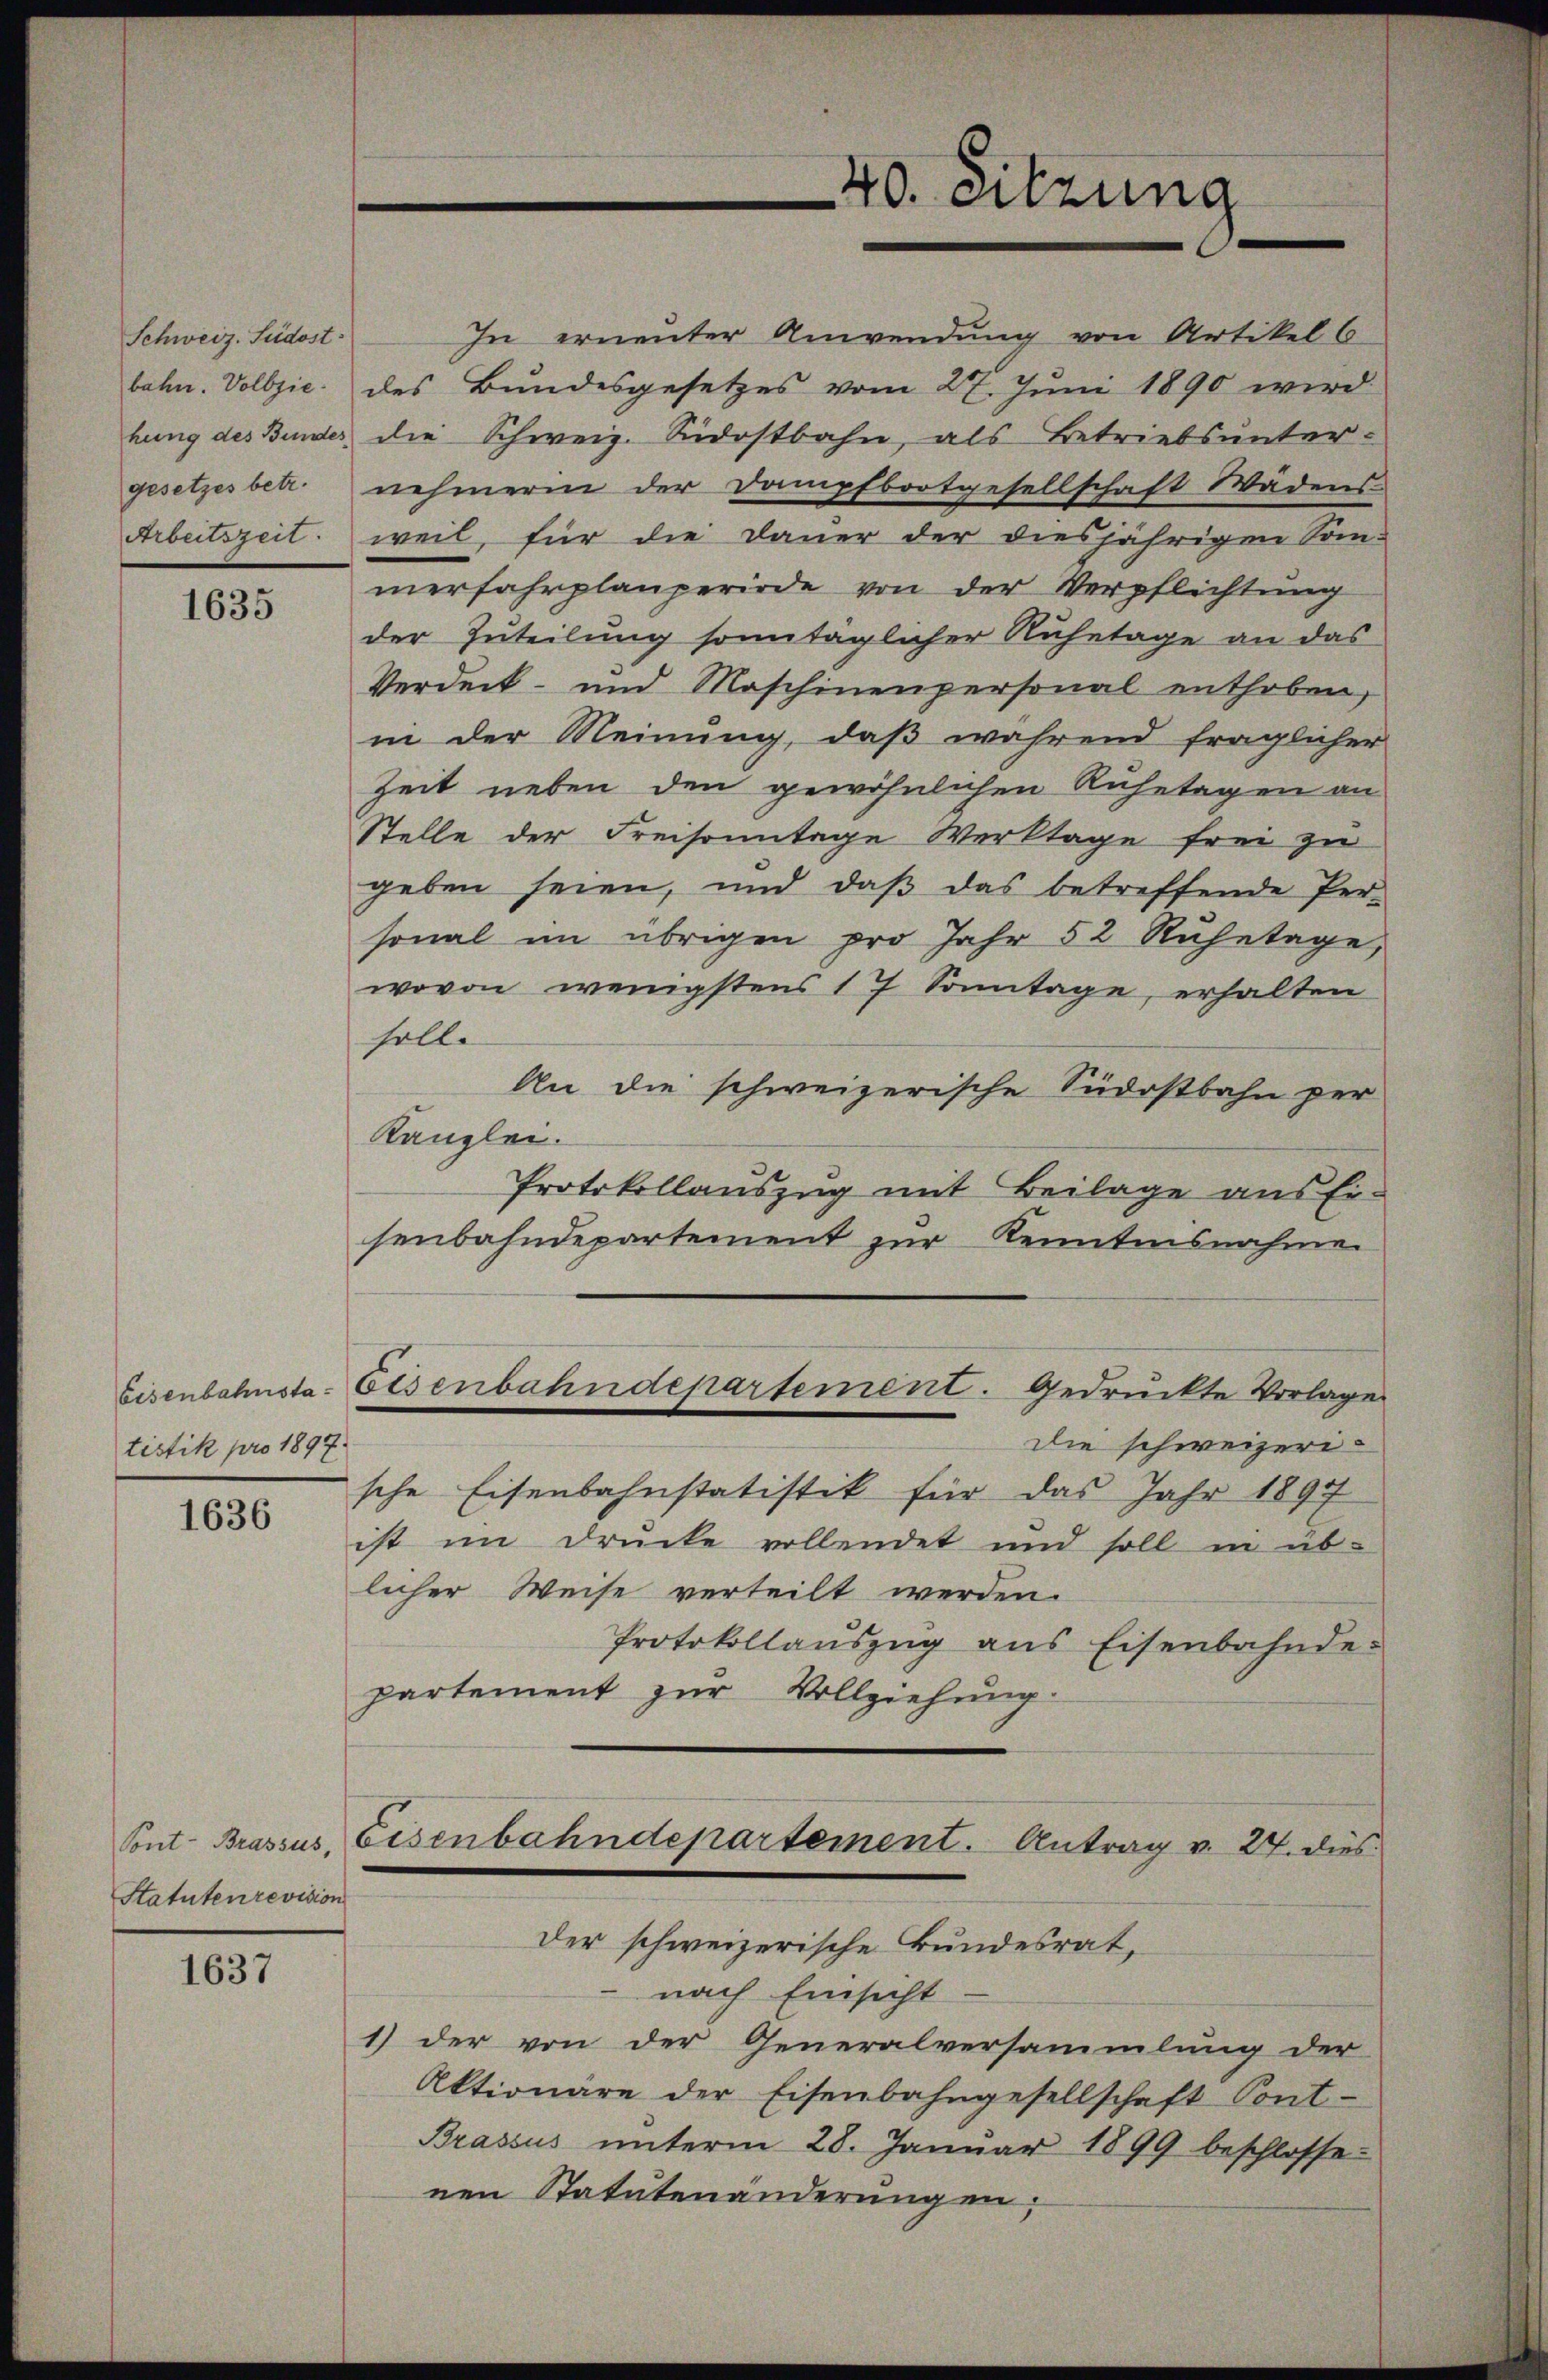
Schweiz. Südost
bahn. Vollziehung des Bundes
gesetzes betr.
Arbeitszeit.

1635

tistik pro 1897.

1636

Statuten revision

1637

In erneuter Anwendung von Artikel 6
des Bundesgesetzes vom 27. Juni 1890 wird
die Schweiz. Südostbahn, als Betriebsunternehmerin der Dampfbortgesellschaft Wädens-
weil, für die Dauer der diesjährigen Som-
merfahrplanperiode von der Verpflichtung
der Zuteilung sonntäglicher Ruhetage an das
Verdeck- und Maschinenpersonal enthoben,
in der Meinung, daß während fraglicher
Zeit neben den gewöhnlichen Ruhetagen an
Stelle der Freisonntage Werktage frei zu
geben seien, und daβ das betreffende Per-
sonal im übrigen pro Jahr 52 Ruhetage,
wovon wenigstens 17 Sonntage, erhalten
holte
An die schweizerische Südostbahn per
Kanzlei.
Protokollauszug mit Beilage aus Eisenbahndepartement zur Kenntnisnahme
Eisenbahnsta-Eisenbahndepartement. Gedrückte Vorlage
Die schweizerische Eisenbahnstatistik für das Jahr 1897
ist im Drucke vollendet und soll in üb-
licher Weise verteilt werden.
Protokollauszug aus Eisenbahnde
partement zur Vollziehung
Cont. Brassus, Eisenbahndepartement. Antrag v. 24. dies
Der schweizerische Bundesrat,
nach Einsicht
1) der von der Generalversammlung der
Aktionäre der Eisenbahngesellschaft Pont-
Brassus ŭnterm 28. Januar 1899 beschlosse-
nen Statutenänderungen,

40. Sitzung